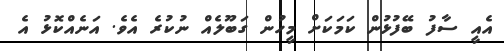
އެއީ ސާފު ބޭފުޅުން ކަމަކަށް މީހުން ގަބޫލެއް ނުކުރެ އެވެ. އަނެއްކޮޅު އެ